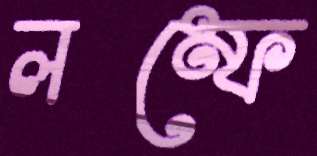
লম্ফে